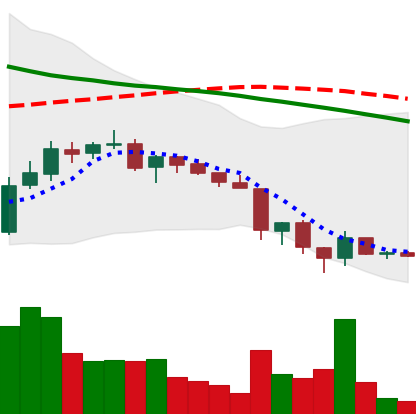
Ticker: ADA-USD
Chart end date: 2018-06-17
Forward return: -13.348%
Label: down_7plus